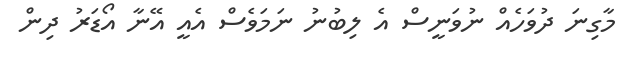
މާގިނަ ދުވަހެއް ނުވަނީސް އެ ލިބުނު ނަމަވެސް އެއީ އޭނާ އޯޑަރު ދިން